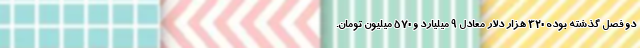
دو فصل گذشته بوده 320 هزار دلار معادل 9 میلیارد و 570 میلیون تومان.